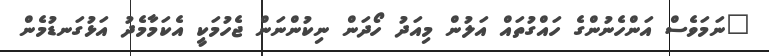
"ނަމަވެސް އަންހެނުންގެ ހައްގުތައް އަލުން މިއަދު ހޯދަން ނިކުންނަން ޖެހުމަކީ އެކަމާމެދު އަޅުގަނޑުމެން